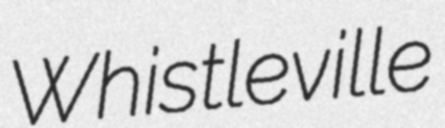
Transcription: Whistleville